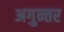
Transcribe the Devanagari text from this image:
अगुन्तर